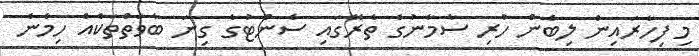
މި ފިހާރައިން ލިބެން ހުރި ސާމާނުގެ ތެރޭގައި ސެންޓުގެ ގިނަ ބާވަތްތަކެއް ހިމެނެ